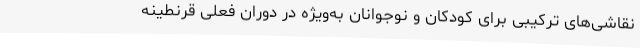
نقاشی‌های ترکیبی برای کودکان و نوجوانان به‌ویژه در دوران فعلی قرنطینه